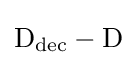
{\textstyle \mathrm {D_{dec}-D} }